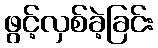
ဖွင့်လှစ်ခဲ့ခြင်း